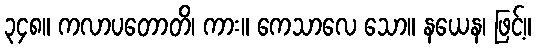
၃၄၈။ ကလာပတောတိ၊ ကား။ ကေသာလေ သော။ နယေန၊ ဖြင့်။